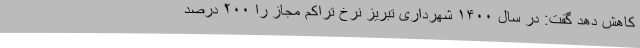
کاهش دهد گفت: در سال ۱۴۰۰ شهرداری تبریز نرخ تراکم مجاز را ۲۰۰ درصد